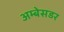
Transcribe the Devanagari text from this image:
अम्बेसडर